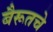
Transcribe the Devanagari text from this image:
बैरूतचे